Annual report of the Imperial Bacteriologist
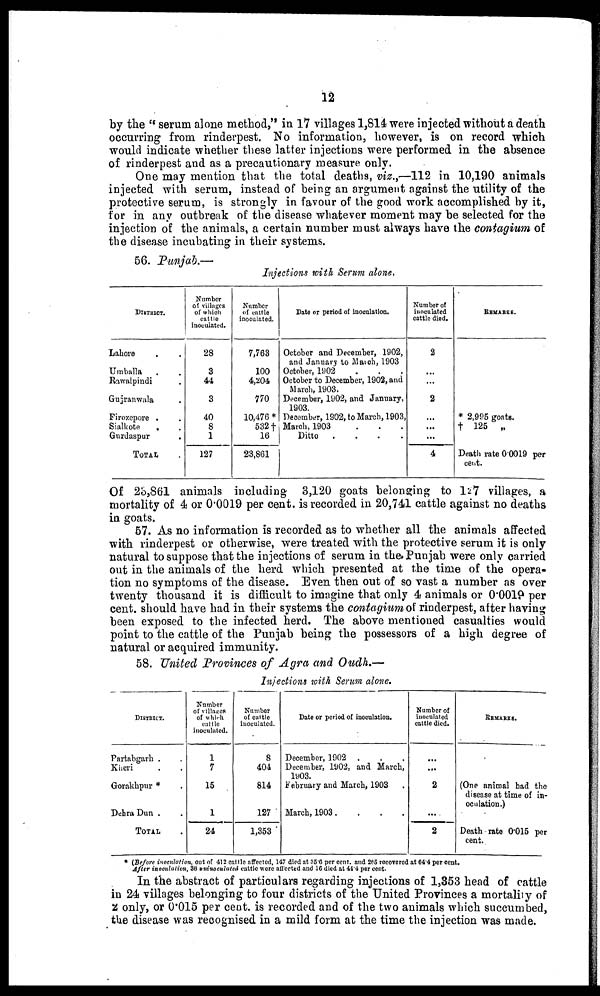
12
by the "serum alone method," in 17 villages 1,814 were injected without a death
occurring from rinderpest. No information, however, is on record which
would indicate whether these latter injections were performed in the absence
of rinderpest and as a precautionary measure only.
One may mention that the total deaths, viz.,—112 in 10,190 animals
injected with serum, instead of being an argument against the utility of the
protective serum, is strongly in favour of the good work accomplished by it,
for in any outbreak of the disease whatever moment may be selected for the
injection of the animals, a certain number must always have the contagium of
the disease incubating in their systems.
56. Punjab.—
Injections with Serum alone.
DISTRICT.
Lahore ..
Umballa . .
Rawalpindi .
Gujranwala .
Firozepore .
Sialkote
.
Gurdaspur
.
TOTAL .
Number
of villages
of which
cattle
inoculated.
28
3
44
3
40
8
1
127
Number
of cattle
inoculated.
7,763
100
4,204
770
10,476 *
532 †
16
23,861
Date or period of inoculation.
October and December, 1902,
and January to March, 1903
October, 1902
October to December, 1902, and
March, 1903.
December, 1902, and January,
1903.
December, 1902, to March, 1903,
March, 1903 . . .
Ditto
.
.
.
.
Number of
inoculated
cattle died.
2
...
...
2
...
...
...
4
REMARKS.
* 2,995 goats.
† 125 „
Death rate 0.0019 per
cent.
Of 23,861 animals including 3,120 goats belonging to 127 villages, a
mortality of 4 or 0.0019 per cent. is recorded in 20,741 cattle against no deaths
in goats.
57. As no information is recorded as to whether all the animals affected
with rinderpest or otherwise, were treated with the protective serum it is only
natural to suppose that the injections of serum in the Punjab were only carried
out in the animals of the herd which presented at the time of the opera-
tion no symptoms of the disease. Even then out of so vast a number as over
twenty thousand it is difficult to imagine that only 4 animals or 0.0019 per
cent. should have had in their systems the contagium of rinderpest, after having
been exposed to the infected herd. The above mentioned casualties would
point to the cattle of the Punjab being the possessors of a high degree of
natural or acquired immunity.
58. United Provinces of Agra and Oudh.—
Injections with Serum alone.
DISTRICT.
Partabgarh . .
Kheri . .
Gorakhpur * .
Dehra Dun . .
TOTAL .
Number
of villages
of which
cattle
inoculated.
1
7
15
1
24
Number
of cattle
inoculated.
8
404
814
127
1,353
Date or period of inoculation.
December, 1902 . . .
December, 1902, and March,
1903.
February and March, 1903 .
March, 1903 . . . .
Number of
inoculated
cattle died.
...
...
2
...
2
REMARKS.
(One animal had the
disease at time of in-
oculation.)
Death rate 0.015 per
cent.
* (Before inoculation, out of 412 cattle affected, 147 died at 35.6 per cent. and 265 recovered at 64.4 per cent.
After inoculation, 36 uninoculated cattle were affected and 16 died at 44.4 per cent.
In the abstract of particulars regarding injections of 1,353 head of cattle
in 24 villages belonging to four districts of the United Provinces a mortality of
2 only, or 0.015 per cent. is recorded and of the two animals which succumbed,
the disease was recognised in a mild form at the time the injection was made.